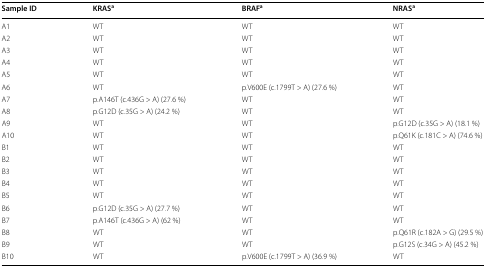
<table><thead><tr><td><b>Sample ID</b></td><td><b>KRAS<sup>a</sup></b></td><td><b>BRAF<sup>a</sup></b></td><td><b>NRAS<sup>a</sup></b></td></tr></thead><tbody><tr><td>A1</td><td>WT</td><td>WT</td><td>WT</td></tr><tr><td>A2</td><td>WT</td><td>WT</td><td>WT</td></tr><tr><td>A3</td><td>WT</td><td>WT</td><td>WT</td></tr><tr><td>A4</td><td>WT</td><td>WT</td><td>WT</td></tr><tr><td>A5</td><td>WT</td><td>WT</td><td>WT</td></tr><tr><td>A6</td><td>WT</td><td>p.V600E (c.1799T &gt; A) (27.6 %)</td><td>WT</td></tr><tr><td>A7</td><td>p.A146T (c.436G &gt; A) (27.6 %)</td><td>WT</td><td>WT</td></tr><tr><td>A8</td><td>p.G12D (c.35G &gt; A) (24.2 %)</td><td>WT</td><td>WT</td></tr><tr><td>A9</td><td>WT</td><td>WT</td><td>p.G12D (c.35G &gt; A) (18.1 %)</td></tr><tr><td>A10</td><td>WT</td><td>WT</td><td>p.Q61K (c.181C &gt; A) (74.6 %)</td></tr><tr><td>B1</td><td>WT</td><td>WT</td><td>WT</td></tr><tr><td>B2</td><td>WT</td><td>WT</td><td>WT</td></tr><tr><td>B3</td><td>WT</td><td>WT</td><td>WT</td></tr><tr><td>B4</td><td>WT</td><td>WT</td><td>WT</td></tr><tr><td>B5</td><td>WT</td><td>WT</td><td>WT</td></tr><tr><td>B6</td><td>p.G12D (c.35G &gt; A) (27.7 %)</td><td>WT</td><td>WT</td></tr><tr><td>B7</td><td>p.A146T (c.436G &gt; A) (62 %)</td><td>WT</td><td>WT</td></tr><tr><td>B8</td><td>WT</td><td>WT</td><td>p.Q61R (c.182A &gt; G) (29.5 %)</td></tr><tr><td>B9</td><td>WT</td><td>WT</td><td>p.G12S (c.34G &gt; A) (45.2 %)</td></tr><tr><td>B10</td><td>WT</td><td>p.V600E (c.1799T &gt; A) (36.9 %)</td><td>WT</td></tr></tbody></table>